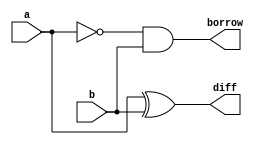
module halfsubtractor
  (input a,b,
   output diff,borrow);
  wire abar;
  not(abar,a);
  xor(diff,a,b);
  and(borrow,abar,b);
endmodule